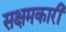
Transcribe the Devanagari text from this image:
सक्षमकारी